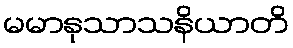
မမာနုသာသနိယာတိ